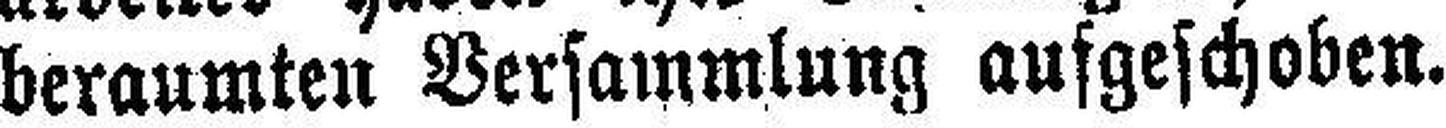
beraumten Versammlung aufgeschoben.